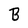
Character: B